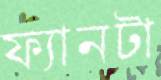
ফ্যানটা